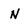
Character: N